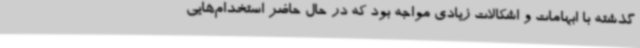
گذشته با ابهامات و اشکالات زیادی مواجه بود که در حال حاضر استخدام‌هایی